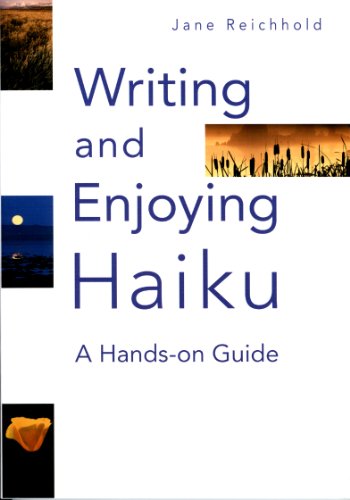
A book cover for Writing and Enjoying Haiku: A Hands-on Guide; Jane Reichhold; Literature & Fiction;